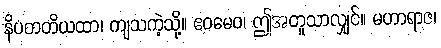
နိပတတိယထာ၊ ကျသကဲ့သို့။ ဧဝမေဝ၊ ဤအတူသာလျှင်။ မဟာရာဇ၊